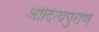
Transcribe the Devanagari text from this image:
आदित्यपुराण